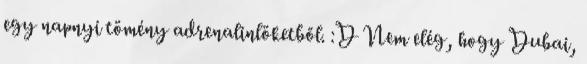
egy napnyi tömény adrenalinlöketből. :D Nem elég, hogy Dubai,